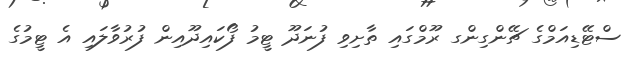
ސްޓޭޑިއަމްގެ ޗޭންގިންގ ރޫމްގައި ތާށިވި ފުނަދޫ ޓީމު ފޯކައިދޫއިން ފުރުވާލައި އެ ޓީމުގެ